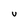
Character: U